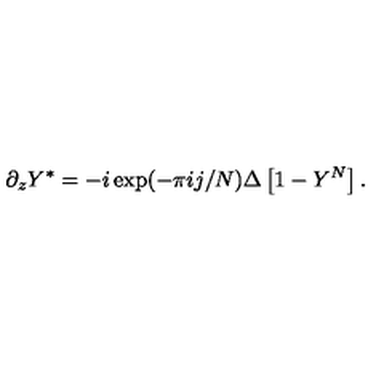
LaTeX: \partial _ { z } Y ^ { * } = - i \exp ( - \pi i j / N ) \Delta \left[ 1 - Y ^ { N } \right] .